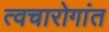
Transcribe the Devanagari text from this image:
त्वचारोगांत